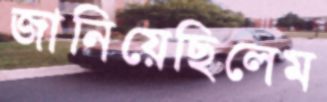
জানিয়েছিলেম